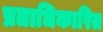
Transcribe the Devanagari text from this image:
प्रताधिकारित